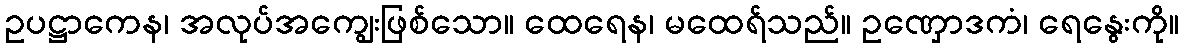
ဥပဋ္ဌာကေန၊ အလုပ်အကျွေးဖြစ်သော။ ထေရေန၊ မထေရ်သည်။ ဥဏှောဒကံ၊ ရေနွေးကို။